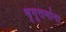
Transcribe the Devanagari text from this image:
भृगूत्तमांना